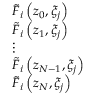
\begin{array} { r l } & { { { { \tilde { F } } } _ { i } } \left( { { z } _ { 0 } } , { { \xi } _ { j } } \right) } \\ & { { { { \tilde { F } } } _ { i } } \left( { { z } _ { 1 } } , { { \xi } _ { j } } \right) } \\ & { \vdots } \\ & { { { { \tilde { F } } } _ { i } } \left( { { z } _ { N - 1 } } , { { \xi } _ { j } } \right) } \\ & { { { { \tilde { F } } } _ { i } } \left( { { z } _ { N } } , { { \xi } _ { j } } \right) } \end{array}